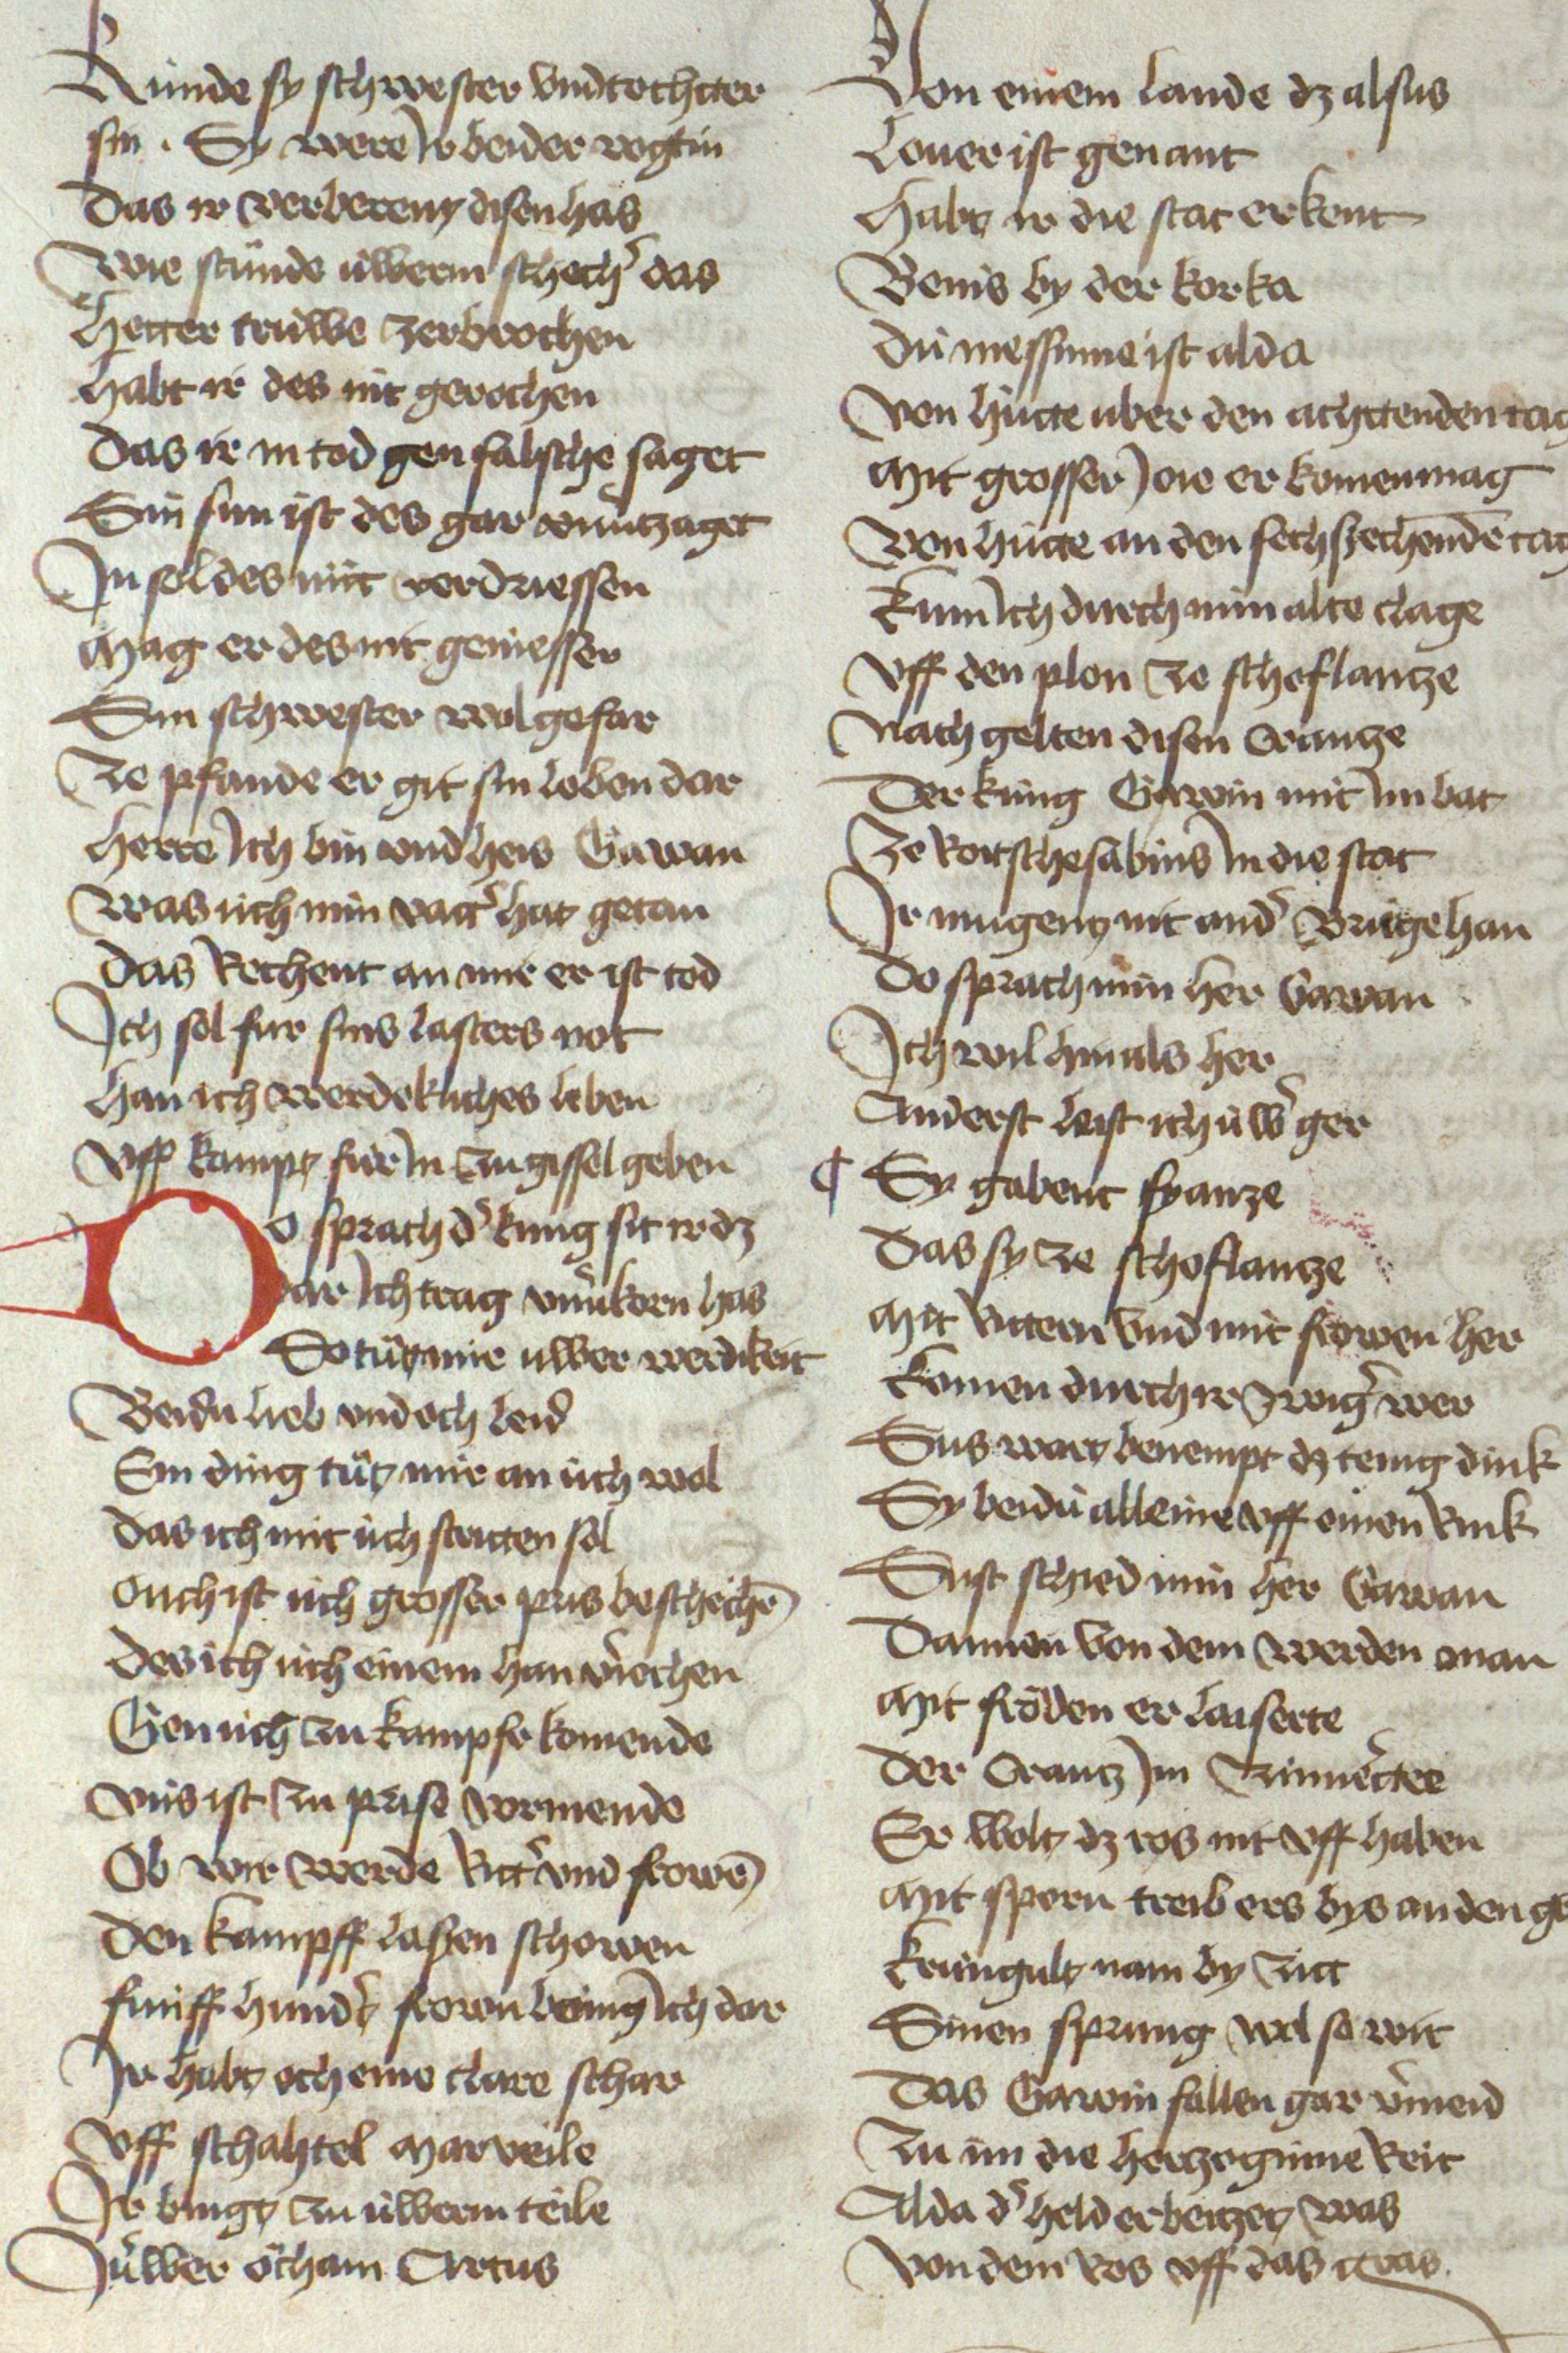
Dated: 1467–1467